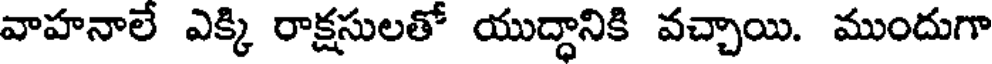
వాహనాలే ఎక్కి రాక్షసులతో యుద్దానికి వచ్చాయి. ముందుగా